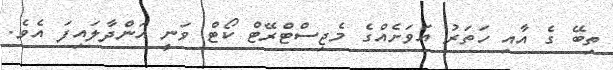
ތިބޭ ގެ އާއި ހަތަރު އަވަށެއްގެ މެޖިސްޓްރޭޓް ކޯޓް ވަނީ އަންދާލައިފަ އެވެ.